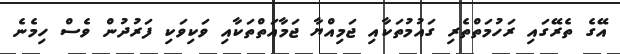
އޭގެ ތެރޭގައި ރަހުމަތްތެރި ގައުމުތަކާއި ޖަމިއްޔާ ޖަމާއަތްތަކާއި ވަކިވަކި ފަރުދުން ވެސް ހިމެނެ